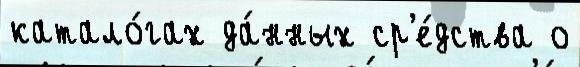
катало́гах да́нных ср'е́дства о